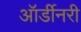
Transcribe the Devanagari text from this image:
ऑर्डीनरी